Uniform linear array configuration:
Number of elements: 64
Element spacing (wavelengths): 0.75
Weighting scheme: binomial
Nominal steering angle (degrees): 45
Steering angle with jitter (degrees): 44.946
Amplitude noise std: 0.05
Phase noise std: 0.05

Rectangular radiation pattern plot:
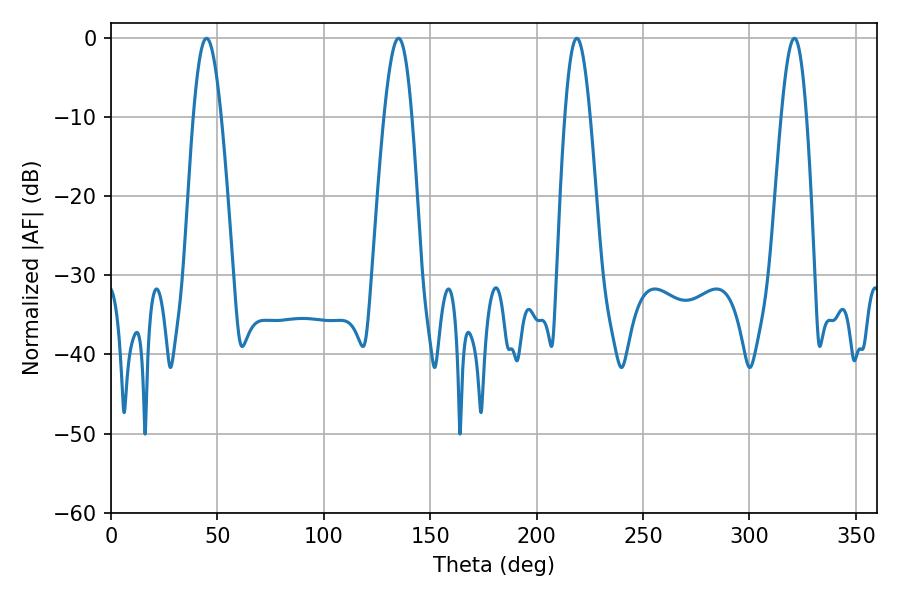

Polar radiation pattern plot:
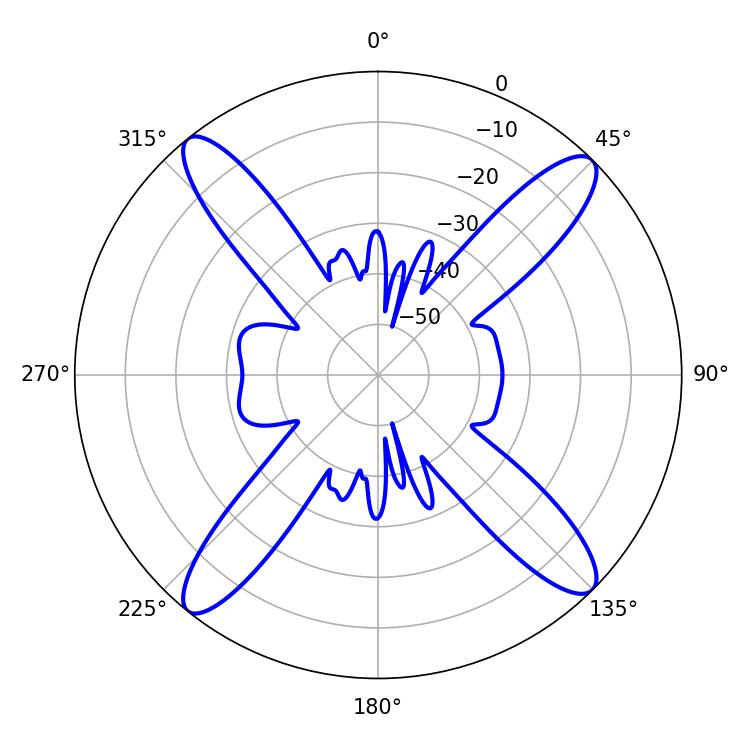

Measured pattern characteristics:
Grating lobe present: TRUE
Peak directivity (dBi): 17.456
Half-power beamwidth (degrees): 6.3
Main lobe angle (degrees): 321.12